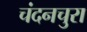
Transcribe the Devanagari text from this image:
चंदनचुरा